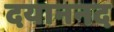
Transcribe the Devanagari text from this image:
दयाननद